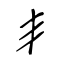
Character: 丯